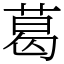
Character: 葛